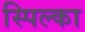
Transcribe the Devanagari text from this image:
स्पिल्का